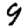
Digit: 9